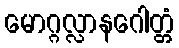
မောဂ္ဂလ္လာနဂေါတ္တံ